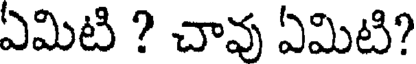
ఏమిటి ? చావు ఏమిటి?